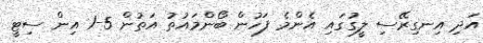
އަދި އިނގިރޭސި ލީގުގައި އެންމެ ފަހުން ބޯންމައުތު އަތުން 5-1 އިން ސިޓީ